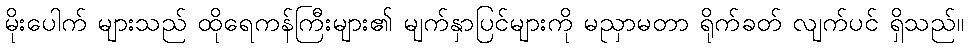
မိုးပေါက် များသည် ထိုရေကန်ကြီးများ၏ မျက်နှာပြင်များကို မညှာမတာ ရိုက်ခတ် လျက်ပင် ရှိသည်။